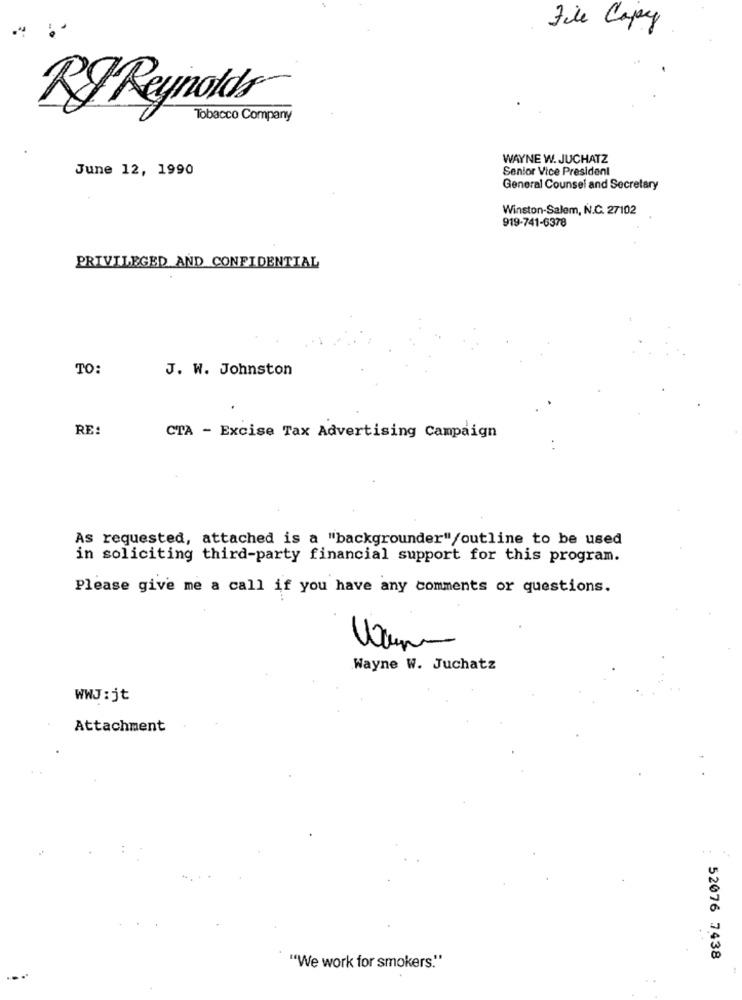
File Copy
RI Reynolds
Tobacco Company
WAYNE W. JUCHATZ
June 12, 1990
Senior Vice President
General Counsel and Secretary
Winston-Salem, N.C. 27102
919-741-6378
PRIVILEGED AND CONFIDENTIAL
TO:
J. W. Johnston
RE:
CTA - Excise Tax Advertising Campaign
..
As requested, attached is a "backgrounder"/outline to be used
in soliciting third-party financial support for this program.
Please give me a call if you have any comments or questions.
Wayne W. Juchatz
WWJ:jt
Attachment
52076 7438
"We work for smokers."